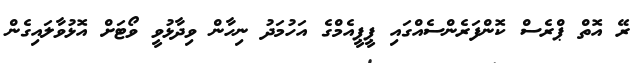
ރޭ އޮތް ޕްރެސް ކޮންފަރެންސެއްގައި ޕީޕީއެމްގެ އަހުމަދު ނިހާން ވިދާޅުވީ ވޯޓަށް އޮޅުވާލައިގެން